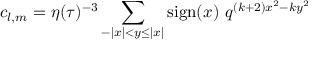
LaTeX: c _ { l , m } = \eta ( \tau ) ^ { - 3 } \sum _ { - | x | < y \leq | x | } \mathrm { s i g n } ( x ) ~ q ^ { ( k + 2 ) x ^ { 2 } - k y ^ { 2 } }